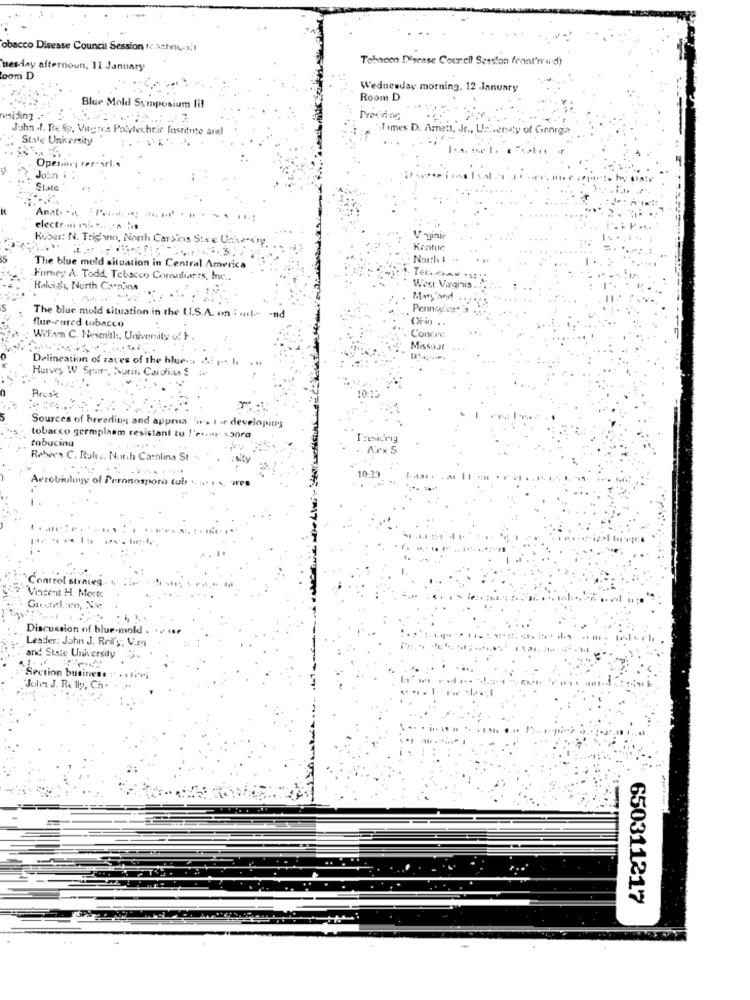
obacco Disease Council Session tochnucal
Tobacco Disease Council Session front'm'ud)
uesday afternoon, 11 January
loom D
Wednesday morning, 12 .January
Room D
Blue Mold Symposium lil
residing
Predans
John .I. Re Siy, Vitgres Polytechnic Institute arel
Times D. Amett,
IMty of Georgia
State University
Operry ter
Join i.
State
Anat. -.
electrom nb ... ... .
Kubus: N. Trigno, North Carolina State University.
V -ginie
Kontur
North . ..
The blue mold situation in Central America
Furney A. Todd, Tobacco Comisharts, Inc ..
Raleigh, North Carolina
West Virginia.
Mary and
Pennevive
The blue muld situation in the U.S.A. on : mail." -nd
flue-cured tabacco
Orio ..
William C. Nesmitl :, University of F .
Missour
Delineation of races of the blue -.. . ... I
Harvey W Spare, North Carolina'S
Prus
Sources of breeding and approa > I - developity
tobacco germplaam resistant to !'etur s30ra
tabacina
Robees C. Rules. Not.h Carolina St
Aerobiuluyy of Peronospora tub
10:37
Control strnieg.
Vincent H. Morte
Discussion of blue-mold . .. ve
Leader: John J. Rotl'y, V.ra
and State University
Section business
John J. Re lly, Ch
650311217